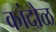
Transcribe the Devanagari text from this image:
कांदोळ